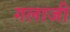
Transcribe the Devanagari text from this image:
गलाजी